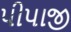
પીપાજી